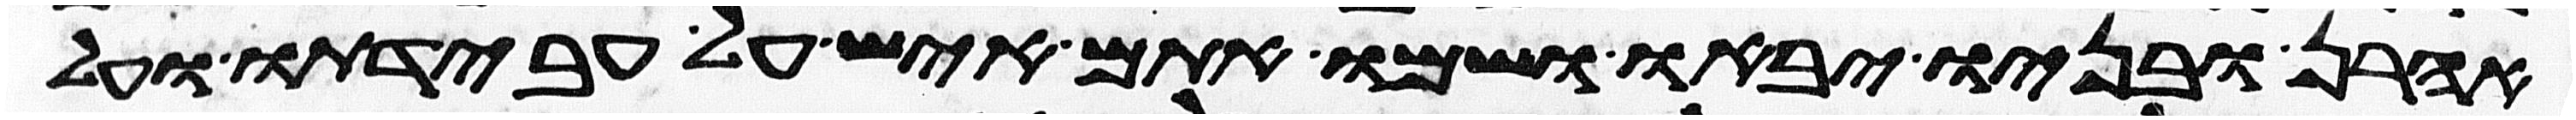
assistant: אהרן ובניו יבאו ושמו אתם איש על עבדתו ועל